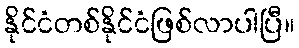
နိုင်ငံတစ်နိုင်ငံဖြစ်လာပါပြီ။